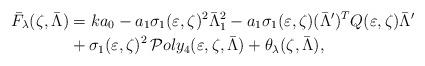
LaTeX: \begin{align*}\bar F_{\lambda}(\zeta,\bar{\Lambda})& = ka_0- a_1 \sigma_1(\varepsilon,\zeta)^2 \bar\Lambda_1^2- a_1 \sigma_1(\varepsilon,\zeta) (\bar\Lambda')^T Q(\varepsilon,\zeta) \bar\Lambda'\\& +\sigma_1(\varepsilon,\zeta)^2\, \mathcal Poly_4(\varepsilon,\zeta,\bar \Lambda)+ \theta_\lambda(\zeta,\bar \Lambda) ,\end{align*}